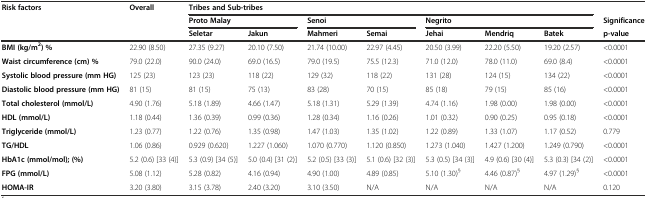
<table><thead><tr><td><b>Risk factors</b></td><td><b>Overall</b></td><td colspan="7"><b>Tribes and Sub-tribes</b></td><td></td></tr><tr><td></td><td></td><td colspan="2"><b>Proto Malay</b></td><td colspan="2"><b>Senoi</b></td><td colspan="3"><b>Negrito</b></td><td><b>Significance</b></td></tr><tr><td></td><td></td><td><b>Seletar</b></td><td><b>Jakun</b></td><td><b>Mahmeri</b></td><td><b>Semai</b></td><td><b>Jehai</b></td><td><b>Mendriq</b></td><td><b>Batek</b></td><td><b>p-value</b></td></tr></thead><tbody><tr><td><b>BMI (kg/m</b><sup><b>2</b></sup><b>) %</b></td><td>22.90 (8.50)</td><td>27.35 (9.27)</td><td>20.10 (7.50)</td><td>21.74 (10.00)</td><td>22.97 (4.45)</td><td>20.50 (3.99)</td><td>22.20 (5.50)</td><td>19.20 (2.57)</td><td>&lt;0.0001</td></tr><tr><td><b>Waist circumference (cm) %</b></td><td>79.0 (22.0)</td><td>90.0 (24.0)</td><td>69.0 (16.5)</td><td>79.0 (19.5)</td><td>75.5 (12.3)</td><td>71.0 (12.0)</td><td>78.0 (11.0)</td><td>69.0 (8.4)</td><td>&lt;0.0001</td></tr><tr><td><b>Systolic blood pressure (mm HG)</b></td><td>125 (23)</td><td>123 (23)</td><td>118 (22)</td><td>129 (32)</td><td>118 (22)</td><td>131 (28)</td><td>124 (15)</td><td>134 (22)</td><td>&lt;0.0001</td></tr><tr><td><b>Diastolic blood pressure (mm HG)</b></td><td>81 (15)</td><td>81 (15)</td><td>75 (13)</td><td>83 (28)</td><td>70 (15)</td><td>85 (18)</td><td>79 (15)</td><td>85 (16)</td><td>&lt;0.0001</td></tr><tr><td><b>Total cholesterol (mmol/L)</b></td><td>4.90 (1.76)</td><td>5.18 (1.89)</td><td>4.66 (1.47)</td><td>5.18 (1.31)</td><td>5.29 (1.39)</td><td>4.74 (1.16)</td><td>1.98 (0.00)</td><td>1.98 (0.00)</td><td>&lt;0.0001</td></tr><tr><td><b>HDL (mmol/L)</b></td><td>1.18 (0.44)</td><td>1.36 (0.39)</td><td>0.99 (0.36)</td><td>1.28 (0.34)</td><td>1.16 (0.26)</td><td>1.01 (0.32)</td><td>0.90 (0.25)</td><td>0.95 (0.18)</td><td>&lt;0.0001</td></tr><tr><td><b>Triglyceride (mmol/L)</b></td><td>1.23 (0.77)</td><td>1.22 (0.76)</td><td>1.35 (0.98)</td><td>1.47 (1.03)</td><td>1.35 (1.02)</td><td>1.22 (0.89)</td><td>1.33 (1.07)</td><td>1.17 (0.52)</td><td>0.779</td></tr><tr><td><b>TG/HDL</b></td><td>1.06 (0.86)</td><td>0.929 (0.620)</td><td>1.227 (1.060)</td><td>1.070 (0.770)</td><td>1.120 (0.850)</td><td>1.273 (1.040)</td><td>1.427 (1.200)</td><td>1.249 (0.790)</td><td>&lt;0.0001</td></tr><tr><td><b>HbA1c (mmol/mol); (%)</b></td><td>5.2 (0.6) [33 (4)]</td><td>5.3 (0.9) [34 (5)]</td><td>5.0 (0.4) [31 (2)]</td><td>5.2 (0.5) [33 (3)]</td><td>5.1 (0.6) [32 (3)]</td><td>5.3 (0.5) [34 (3)]</td><td>4.9 (0.6) [30 (4)]</td><td>5.3 (0.3) [34 (2)]</td><td>&lt;0.0001</td></tr><tr><td><b>FPG (mmol/L)</b></td><td>5.08 (1.12)</td><td>5.28 (0.82)</td><td>4.16 (0.94)</td><td>4.90 (1.00)</td><td>4.89 (0.85)</td><td>5.10 (1.30)<sup>§</sup></td><td>4.46 (0.87)<sup>§</sup></td><td>4.97 (1.29)<sup>§</sup></td><td>&lt;0.0001</td></tr><tr><td><b>HOMA-IR</b></td><td>3.20 (3.80)</td><td>3.15 (3.78)</td><td>2.40 (3.20)</td><td>3.10 (3.50)</td><td>N/A</td><td>N/A</td><td>N/A</td><td>N/A</td><td>0.120</td></tr></tbody></table>